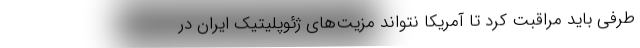
طرفی باید مراقبت کرد تا آمریکا نتواند مزیت‌های ژئوپلیتیک ایران در